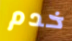
خدم